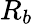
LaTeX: R_{b}